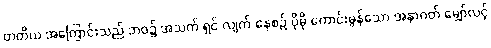
တတိယ အကြောင်းသည် ဘဝ၌ အသက် ရှင် လျက် နေစဉ် ပိုမို ကောင်းမွန်သော အနာဂတ် မျှော်လင့်